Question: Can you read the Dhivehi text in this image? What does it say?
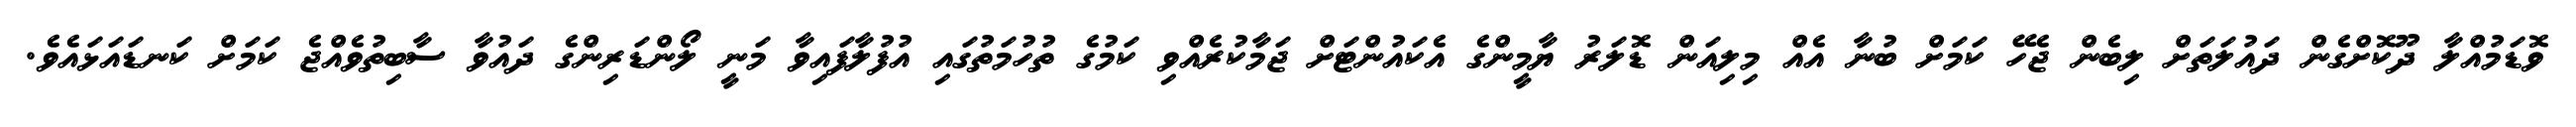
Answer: ވޮޑަމުއްލާ ދޫކޮށްގެން ދައުލަތަށް ލިބެން ޖެހޭ ކަމަށް ބުނާ އެއް މިލިއަން ޑޮލަރު ޔާމީންގެ އެކައުންޓަށް ޖަމާކުރެއްވި ކަމުގެ ތުހުމަތުގައި އުފުލާފައިވާ މަނީ ލޯންޑަރިންގެ ދައުވާ ސާބިތުވެއްޖެ ކަމަށް ކަނޑައަޅައެވެ.